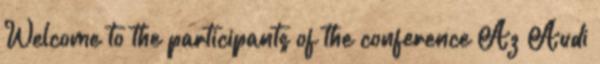
Welcome to the participants of the conference Az Audi